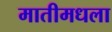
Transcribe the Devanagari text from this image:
मातीमधला